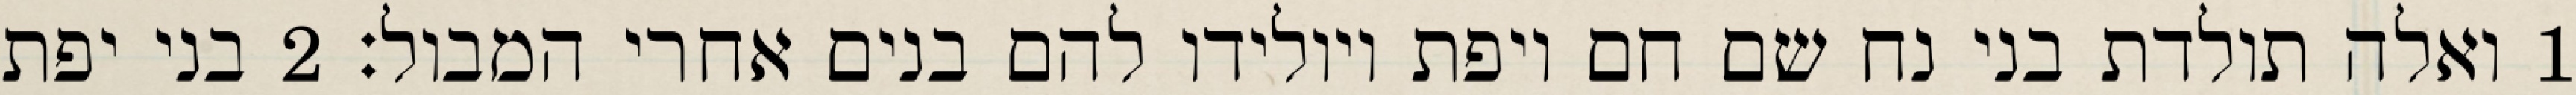
1 ואלה תולדת בני נח שם חם ויפת ויולידו להם בנים אחרי המבול׃ ‎2‏ בני יפת